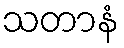
သတာနံ